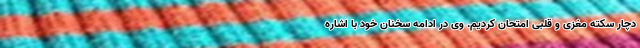
دچار سکته مغزی و قلبی امتحان کردیم. وی در ادامه سخنان خود با اشاره